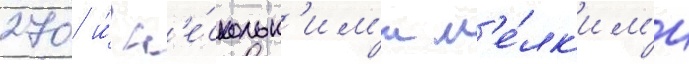
270 и́ н'е́скольк'им'и м'е́лк'им'и